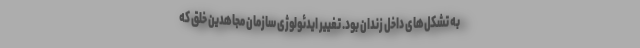
به تشكل‌های داخل زندان بود. تغییر ایدئولوژی سازمان مجاهدین خلق كه